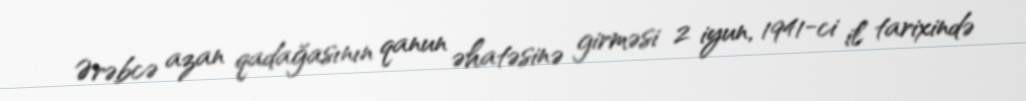
Ərəbcə azan qadağasının qanun əhatəsinə girməsi 2 iyun, 1941-ci il tarixində